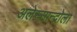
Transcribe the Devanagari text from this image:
अलेस्सान्द्रोला